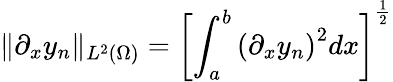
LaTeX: \lVert\partial_{x}y_{n}\rVert_{L^{2}(\Omega)}=\left[\int_{a}^{b}\left(\partial_{x}y_{n}\right)^{2}dx\right]^{\frac{1}{2}}